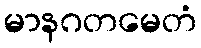
မာနဂတမေတံ